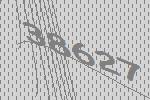
38627